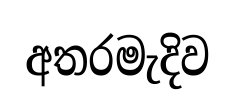
අතරමැදිව